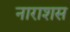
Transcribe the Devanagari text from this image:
नाराशस